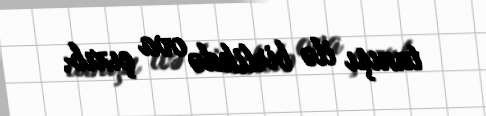
tanışı ilə birlikdə ova çıxıb.